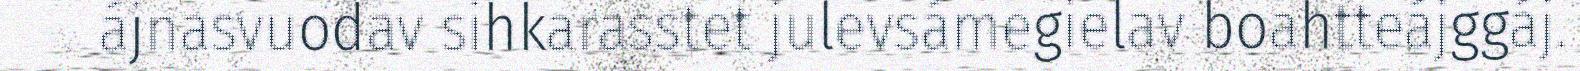
ájnasvuodav sihkarasstet julevsámegielav boahtteájggáj.